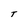
Character: T